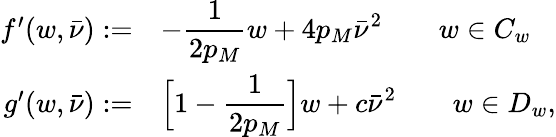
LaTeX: \begin{array}{rl}{f^{\prime}(w,\bar{\nu}):=}&{-\displaystyle\frac{1}{2p_{M}}w+4p_{M}\bar{\nu}^{2}\qquad w\in C_{w}}\\ {g^{\prime}(w,\bar{\nu}):=}&{\Big[1-\displaystyle\frac{1}{2p_{M}}\Big]w+c\bar{\nu}^{2}\qquad w\in D_{w},}\end{array}